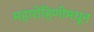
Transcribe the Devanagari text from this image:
महारोहिणीमधून